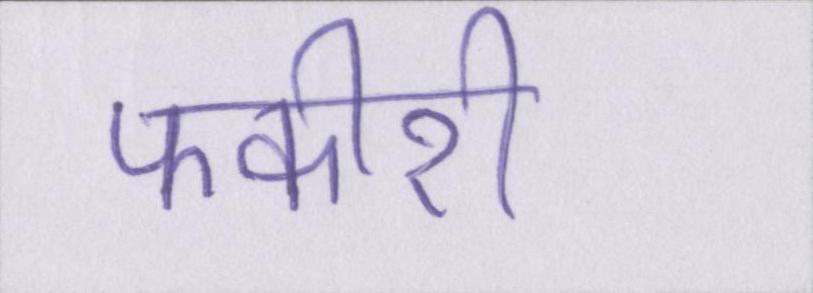
फकीरी